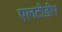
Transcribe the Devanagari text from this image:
एलटीडीए